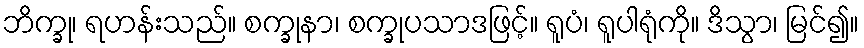
ဘိက္ခု၊ ရဟန်းသည်။ စက္ခုနာ၊ စက္ခုပသာဒဖြင့်။ ရူပံ၊ ရူပါရုံကို။ ဒိသွာ၊ မြင်၍။